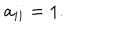
a _ { i i } = 1 .